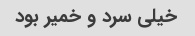
خیلی سرد و خمیر بود